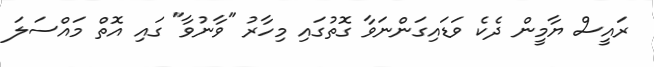
ރައީސް ޔާމީން ދެކެ ވަޑައިގަންނަވާ ގޮތުގައި މިހާރު "ވާނުވާ" ގައި އޮތް މައްސަލަ